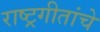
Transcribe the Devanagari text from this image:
राष्ट्रगीतांचे